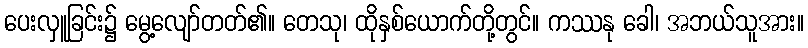
ပေးလှူခြင်း၌ မွေ့လျော်တတ်၏။ တေသု၊ ထိုနှစ်ယောက်တို့တွင်။ ကဿနု ခေါ၊ အဘယ်သူအား။